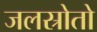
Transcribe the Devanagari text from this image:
जलस्रोतो